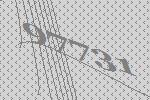
97731